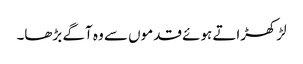
لڑکھڑاتے ہوئے قدموں سے وہ آگے بڑھا۔